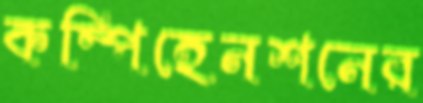
কম্পিহেনশনের